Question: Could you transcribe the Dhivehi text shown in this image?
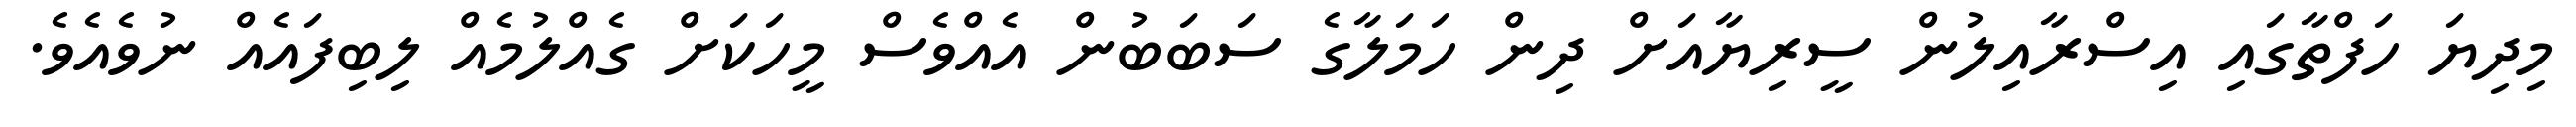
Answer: މިދިޔަ ހަފްތާގައި އިސްރާއިލުން ސީރިޔާއަށް ދިން ހަމަލާގެ ސަބަބުން އެއްވެސް މީހަކަށް ގެއްލުމެއް ލިބިފައެއް ނުވެއެވެ.